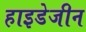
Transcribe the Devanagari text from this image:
हाइडेजीन